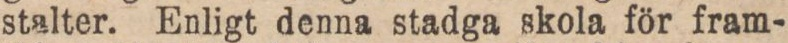
stalter. Enligt denna stadga skola för fram-